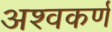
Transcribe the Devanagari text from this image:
अश्वकर्ण